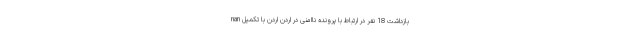
nan بازداشت 18 نفر در ارتباط با پرونده ناامنی در اردن اردن با تکمیل